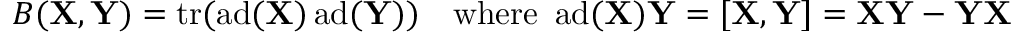
B ( \mathbf { X } , \mathbf { Y } ) = \operatorname { t r } ( \operatorname { a d } ( \mathbf { X } ) \operatorname { a d } ( \mathbf { Y } ) ) \quad { \mathrm { w h e r e ~ } } \operatorname { a d } ( \mathbf { X } ) \mathbf { Y } = [ \mathbf { X } , \mathbf { Y } ] = \mathbf { X } \mathbf { Y } - \mathbf { Y } \mathbf { X }